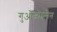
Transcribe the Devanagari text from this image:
गुओजोह्न्सेन